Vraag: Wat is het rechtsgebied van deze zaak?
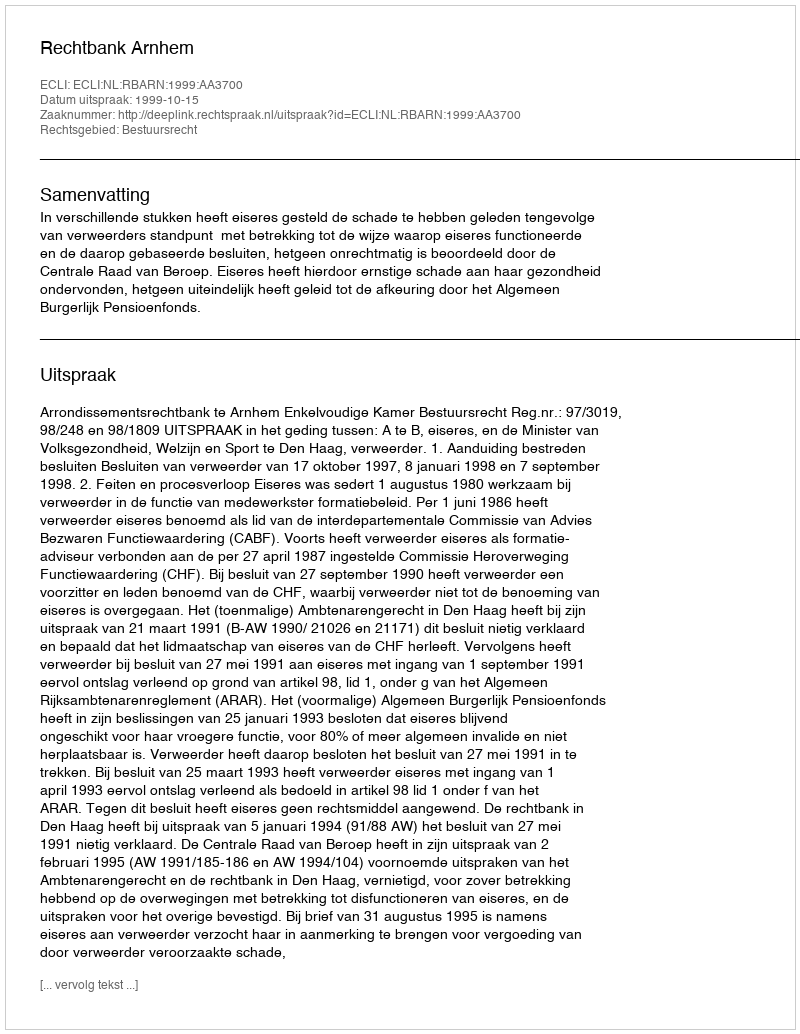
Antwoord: Bestuursrecht